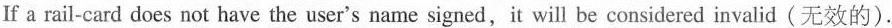
If a rail-card does not have the user's name signed,it will be considered invalid(无效的).